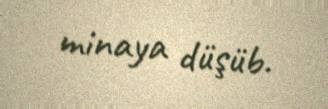
minaya düşüb.